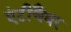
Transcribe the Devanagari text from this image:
एंटीचैंबर